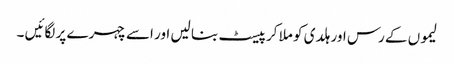
لیموں کے رس اور ہلدی کو ملا کر پیسٹ بنا لیں اور اسے چہرے پر لگائیں ۔